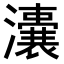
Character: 𤃈